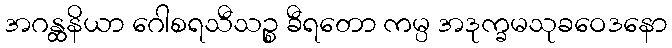
အဂန္ထနိယာ ဂေါစရသီသဉ္စ ခီရတော ကမ္ပ အဒုက္ခမသုခဝေဒနော